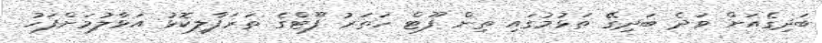
ބަދިގެއަށް ވަދެ ބަދިގޭ ތަޅުމުގައި ތިން ފޫޓް ހަތަރު ފޫޓްގެ ތަރަފާލިކޮޅު އަޅާލުމަށްފަހު